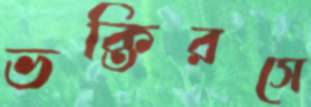
ভক্তিরসে